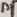
Text: P1